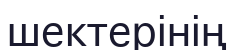
шектерінің